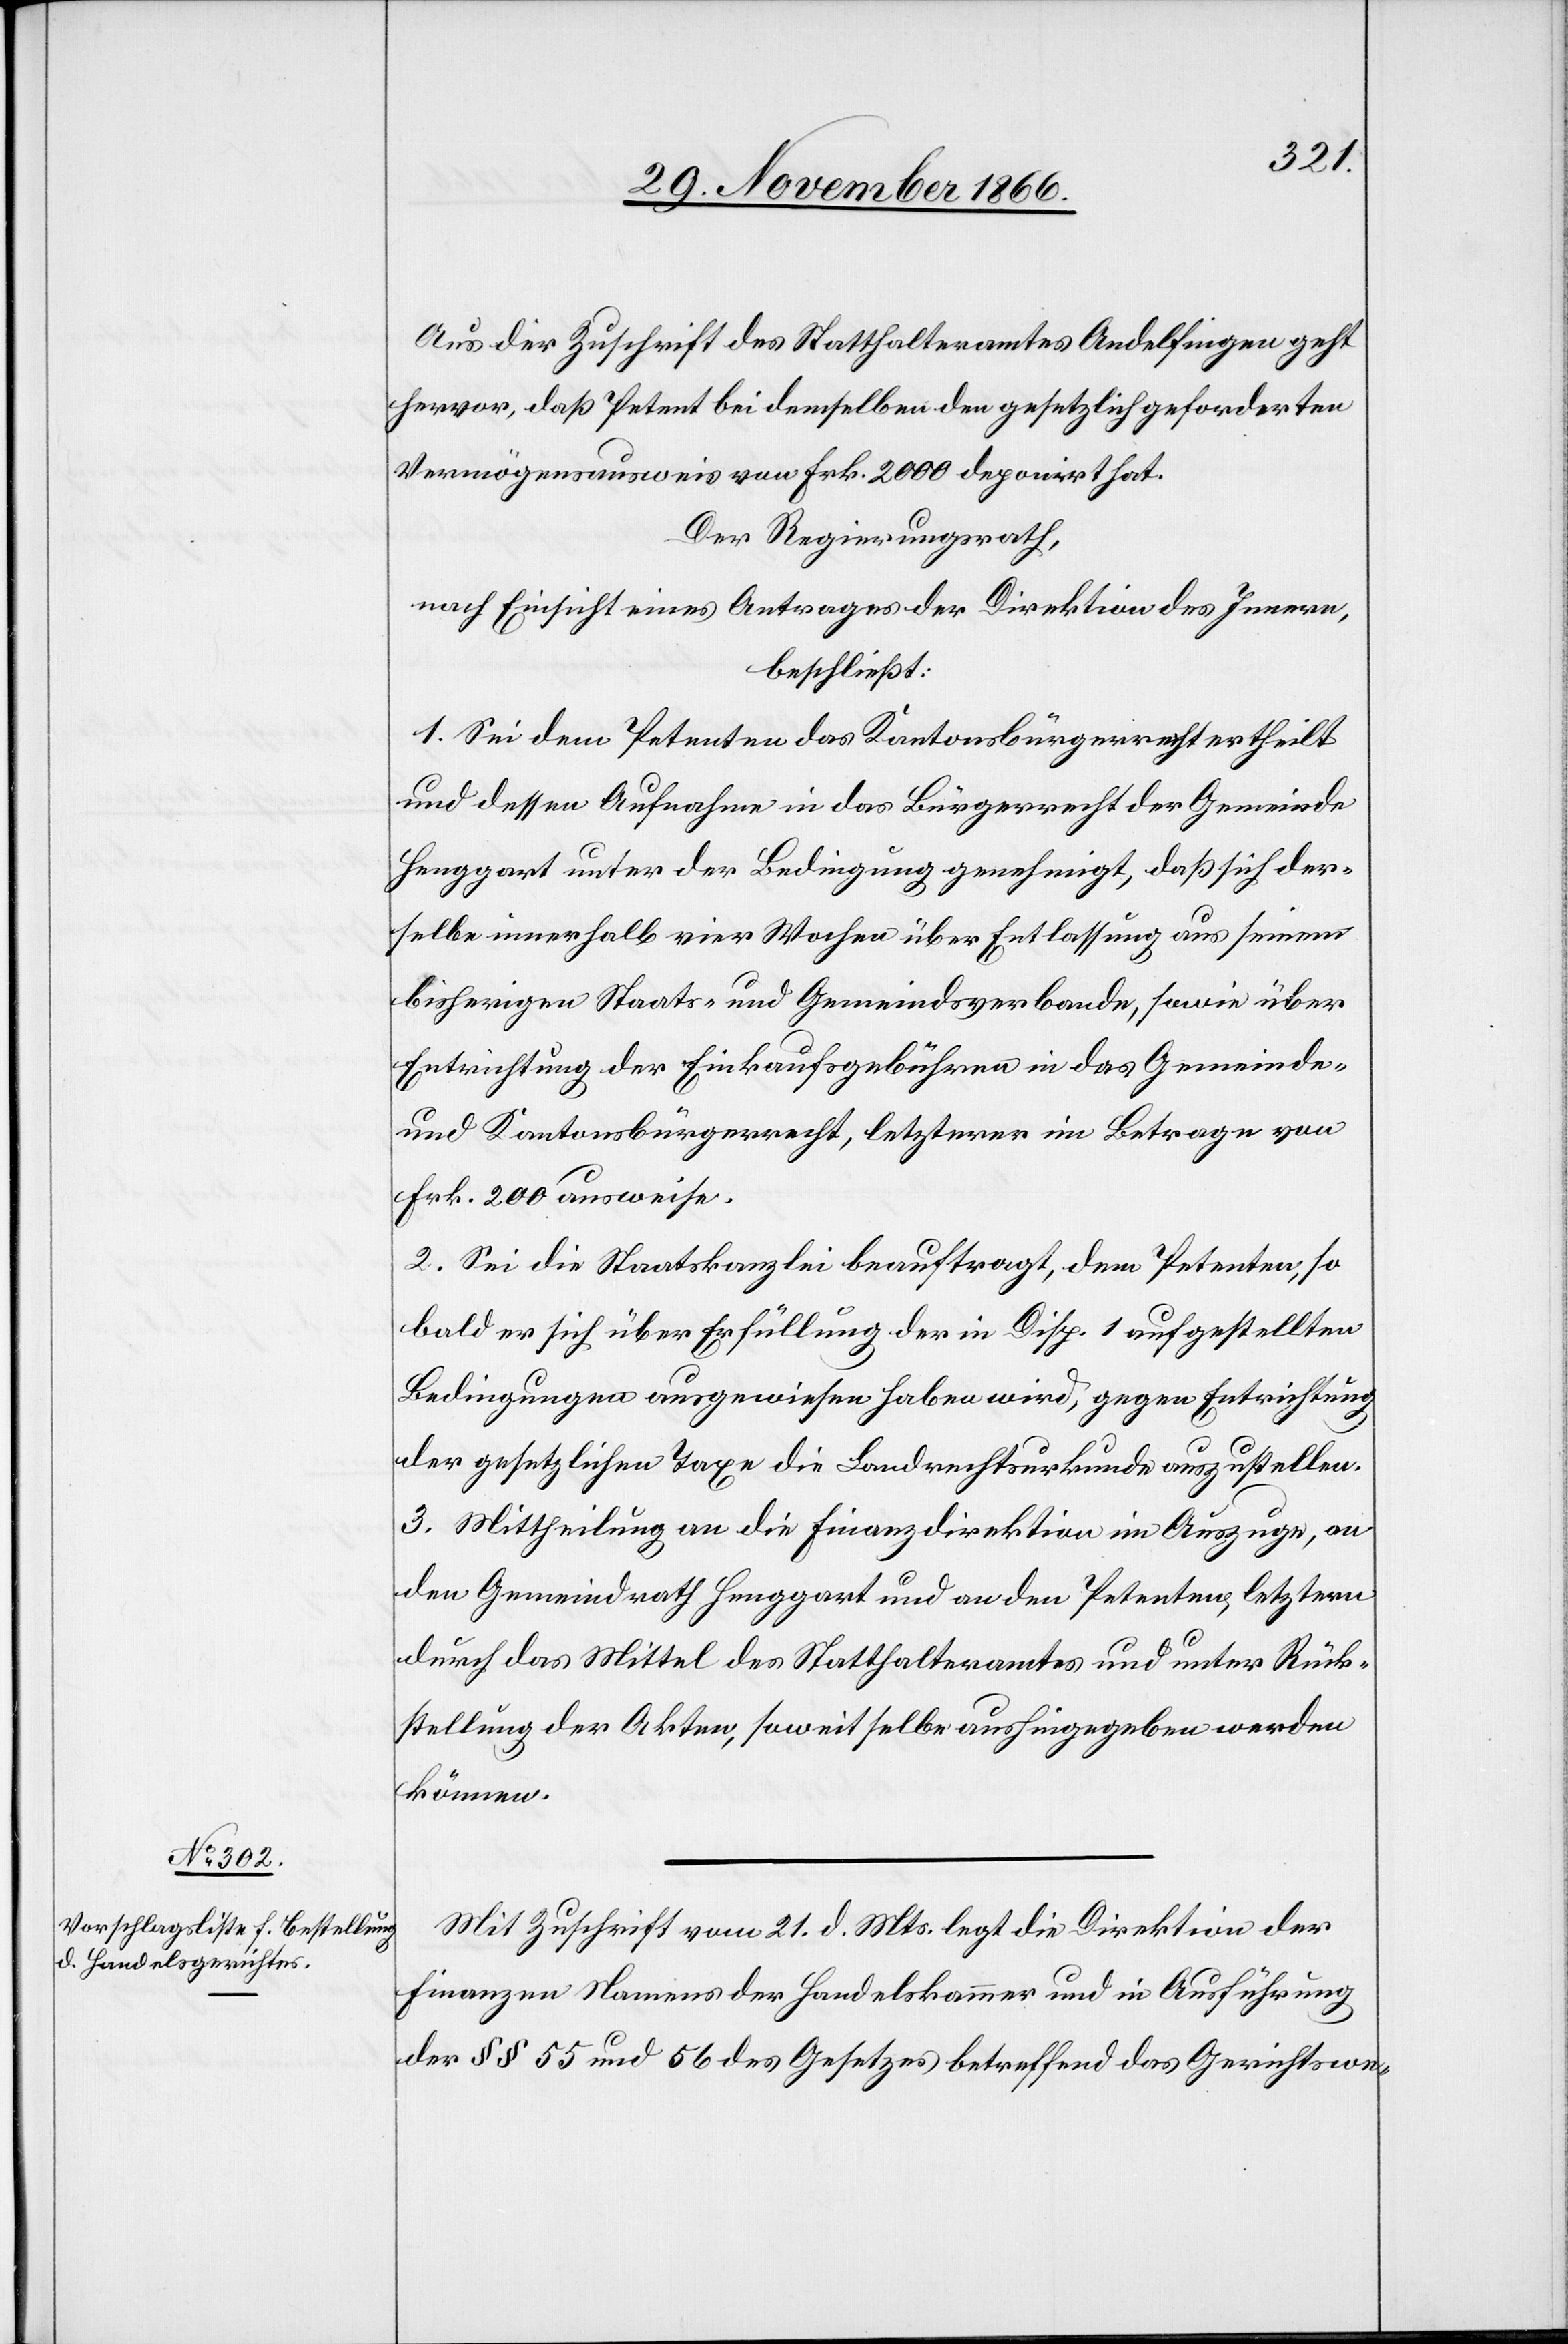
Aus der Zuschrift des Statthalteramtes Andelfingen geht
hervor, daß Petent bei demselben den gesetzlich geforderten
Vermögensausweis von Frk. 2000 deponirt hat.
Der Regierungsrath,
nach Einsicht eines Antrages der Direktion des Innern,
beschließt:
1. Sei dem Petenten das Kantonsbürgerrecht ertheilt
und dessen Aufnahme in das Bürgerrecht der Gemeinde
Henggart unter der Bedingung genehmigt, daß sich der¬
selbe innerhalb vier Wochen über Entlassung aus seinem
bisherigen Staats- und Gemeindsverbande, sowie über
Entrichtung der Einkaufsgebühren in das Gemeinde-
und Kantonsbürgerrecht, letzterer im Betrage von
Frk. 200 ausweise.
2. Sei die Staatskanzlei beauftragt, dem Petenten, so
bald er sich über Erfüllung der in Disp. 1 aufgestellten
Bedingungen ausgewiesen haben wird, gegen Entrichtung
der gesetzlichen Taxe die Landrechtsurkunde auszustellen.
3. Mittheilung an die Finanzdirektion im Auszuge, an
den Gemeindrath Henggart und an den Petenten, letztern
durch das Mittel des Statthalteramtes und unter Rück¬
stellung der Akten, soweit selbe aushingegeben werden
können.
Mit Zuschrift vom 21. d. Mts. legt die Direktion der
Finanzen Namens der Handelskammer und in Ausführung
der § § 55 und 56 des Gesetzes betreffend das Gerichtswe-